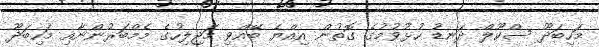
މަހިބަދޫ ސްކޫލް ދަނޑު ހުޅުވުމުގެ ގޮތުން އިއްޔެ ބޭއްވި މަޖިލިހުގެ މެމްބަރުންނާއި މަހިބަދޫ